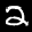
Label: 2